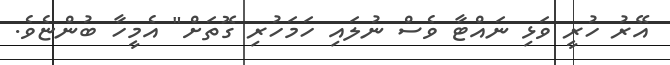
އޭރު ހުރީ ވަޅި ނައްޓާ ވެސް ނުލައި ހަމަހުރި ގޮތަށް" އެމީހާ ބުންޏެވެ.